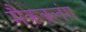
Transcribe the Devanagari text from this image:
मैकक्लंग